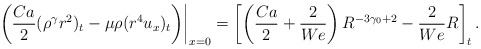
\begin{align*}\left.\left(\frac{Ca}{2}(\rho^\gamma r^2)_t-\mu\rho (r^4u_x)_t\right)\right|_{x=0}=\left[\left(\frac{Ca}{2}+\frac{2}{We}\right)R^{-3\gamma_0+2}-\frac{2}{We}R\right]_t.\end{align*}